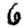
Digit: 6